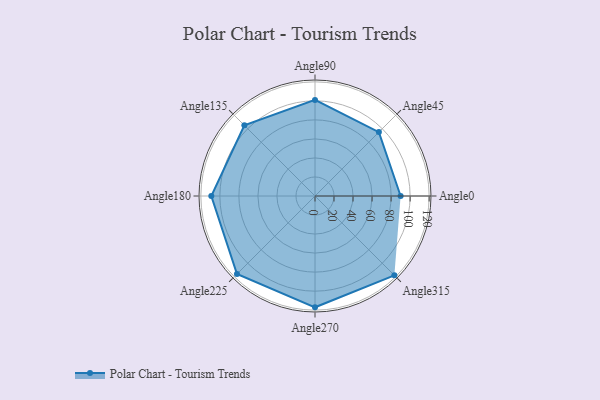
{"axis": {"x": "Angle", "y": "Radius"}, "legend": [""], "data": [{"x": "Angle0", "y": 90.0, "type": ""}, {"x": "Angle45", "y": 95.0, "type": ""}, {"x": "Angle90", "y": 101.0, "type": ""}, {"x": "Angle135", "y": 105.0, "type": ""}, {"x": "Angle180", "y": 109.0, "type": ""}, {"x": "Angle225", "y": 116.0, "type": ""}, {"x": "Angle270", "y": 117.0, "type": ""}, {"x": "Angle315", "y": 118.0, "type": ""}]}